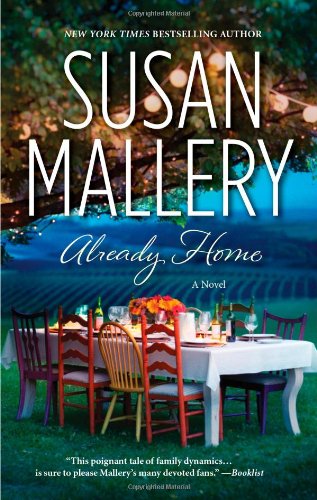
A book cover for Already Home; Susan Mallery; Literature & Fiction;